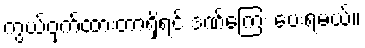
ကွယ်ဝှက်ထားတာရှိရင် ဒဏ်ကြေး ပေးရမယ်။